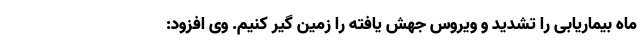
ماه بیماریابی را تشدید و ویروس جهش یافته را زمین گیر کنیم. وی افزود: